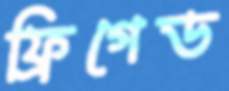
ফ্রিগেড